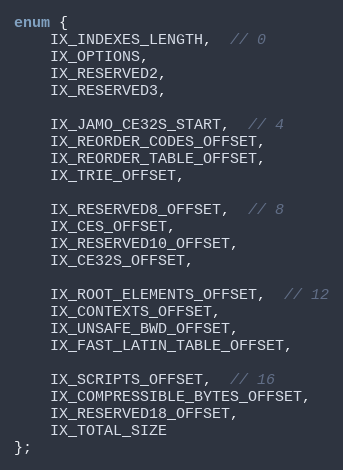
Language: C++
enum {
    IX_INDEXES_LENGTH,  // 0
    IX_OPTIONS,
    IX_RESERVED2,
    IX_RESERVED3,

    IX_JAMO_CE32S_START,  // 4
    IX_REORDER_CODES_OFFSET,
    IX_REORDER_TABLE_OFFSET,
    IX_TRIE_OFFSET,

    IX_RESERVED8_OFFSET,  // 8
    IX_CES_OFFSET,
    IX_RESERVED10_OFFSET,
    IX_CE32S_OFFSET,

    IX_ROOT_ELEMENTS_OFFSET,  // 12
    IX_CONTEXTS_OFFSET,
    IX_UNSAFE_BWD_OFFSET,
    IX_FAST_LATIN_TABLE_OFFSET,

    IX_SCRIPTS_OFFSET,  // 16
    IX_COMPRESSIBLE_BYTES_OFFSET,
    IX_RESERVED18_OFFSET,
    IX_TOTAL_SIZE
};